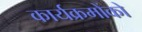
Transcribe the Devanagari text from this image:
कार्यक्रमोंको